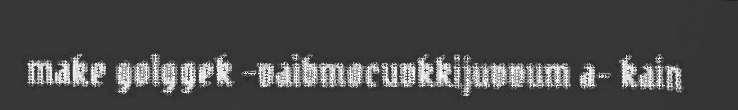
make golggek –vaibmocuvkkijuvvum a- kain